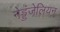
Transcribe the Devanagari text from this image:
नेड्डंजेलियन्